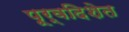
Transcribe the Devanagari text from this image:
पूर्वदिशेत